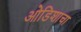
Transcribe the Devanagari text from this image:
ओडिशाचा